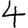
Digit: 4